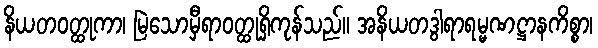
နိယတဝတ္ထုကာ၊ မြဲသောမှီရာဝတ္ထုရှိကုန်သည်။ အနိယတဒွါရာရမ္မဏဋ္ဌာနကိစ္စာ၊